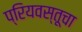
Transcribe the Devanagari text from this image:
प्रियवस्तूचा